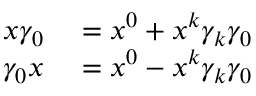
\begin{array} { r l } { x \gamma _ { 0 } } & { { } = x ^ { 0 } + x ^ { k } \gamma _ { k } \gamma _ { 0 } } \\ { \gamma _ { 0 } x } & { { } = x ^ { 0 } - x ^ { k } \gamma _ { k } \gamma _ { 0 } } \end{array}